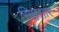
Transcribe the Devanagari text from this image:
सिमसार